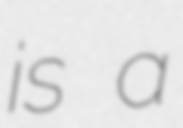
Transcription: is a